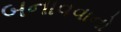
બનાવવાનો